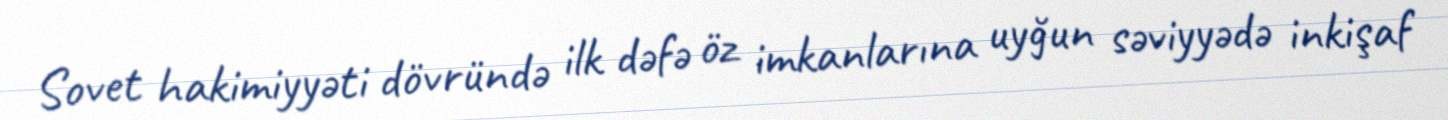
Sovet hakimiyyəti dövründə ilk dəfə öz imkanlarına uyğun səviyyədə inkişaf